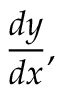
{ \frac { d y } { d x } } ,